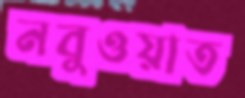
নবুওয়াত